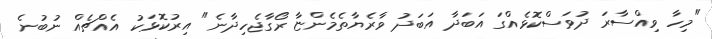
"މިހާ ވިއްސާރަ ދުވަސްކޮޅެއްގަ އަބަދާ އަބަދު ވާރެޔާތެމެންޏާ ރޯގާޖެހިދާނެ" އިރުކޮޅަކު އެއްޗެއް ނުބުނެ